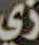
زي